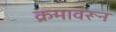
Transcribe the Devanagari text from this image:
क्रमावरून